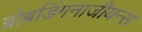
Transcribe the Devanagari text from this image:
ब्रोबडिंगनाजीयन्स